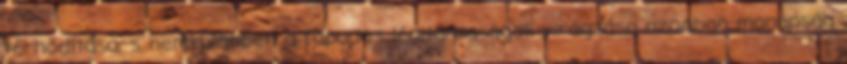
térhódítása, s nemkülönben a fapados légitársaságok virágzása azonban manapság